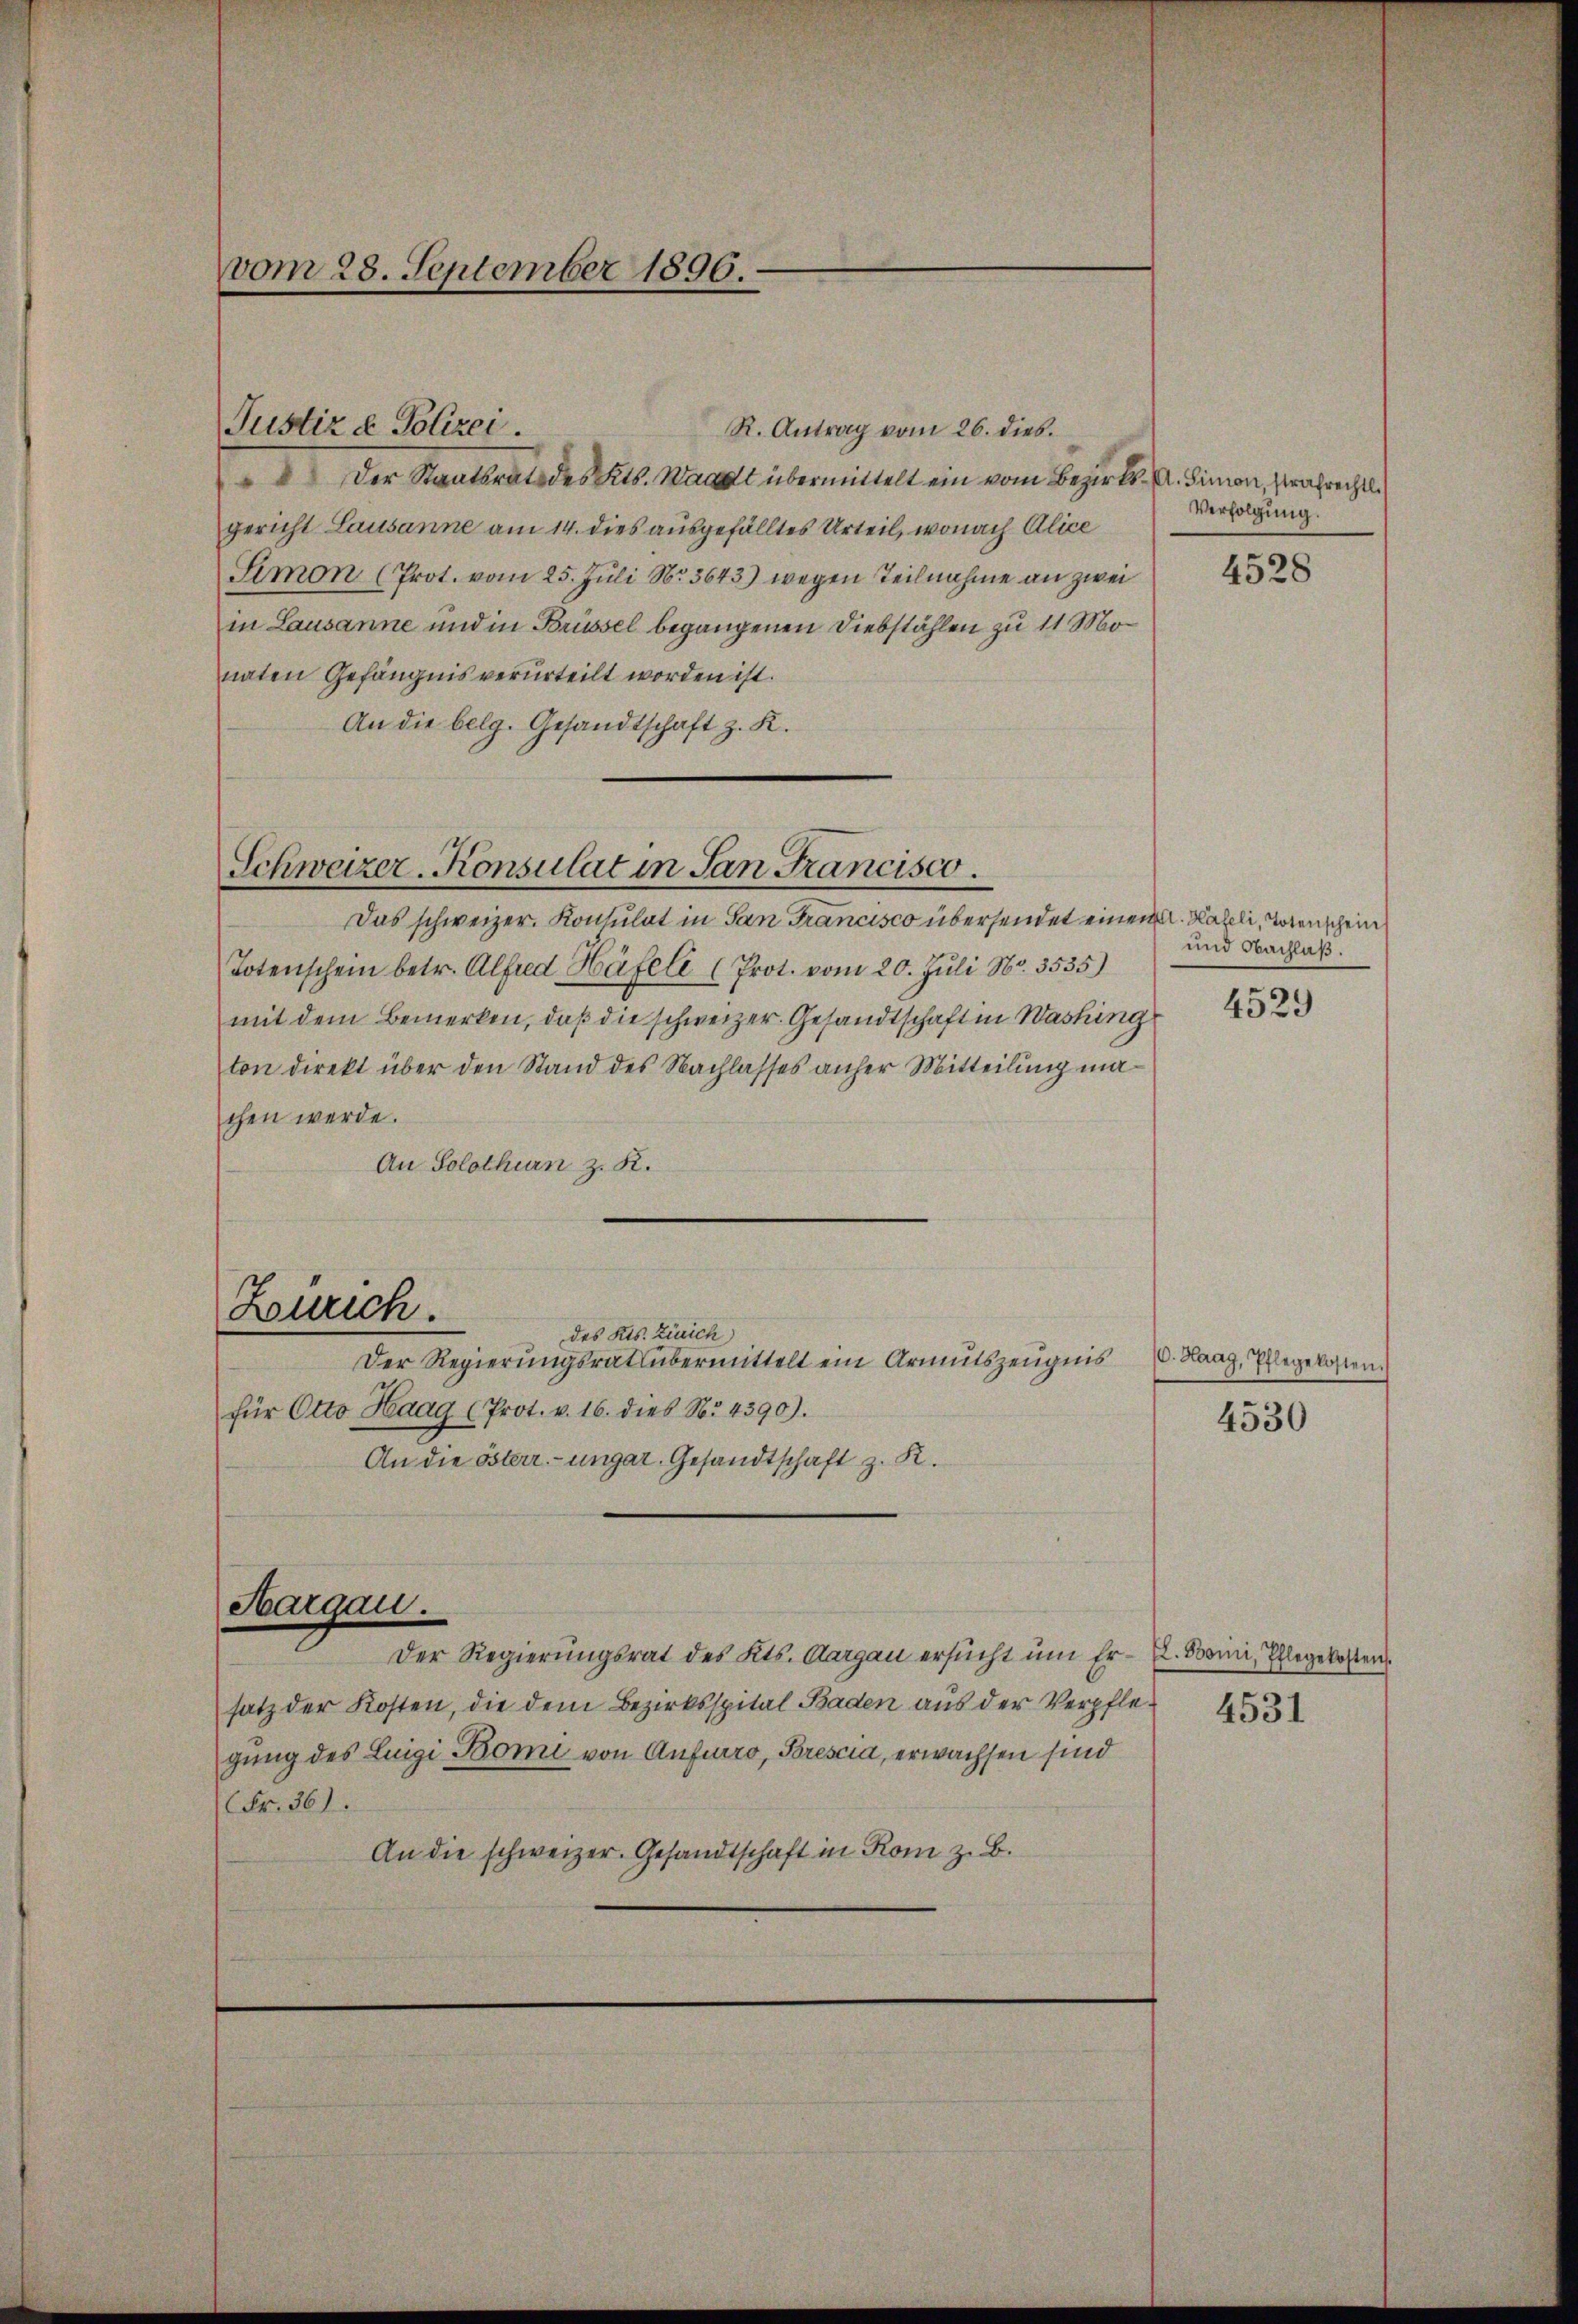
vom 28. September 1896.

R. Antrag vom 26. dies.
 Der Staatsrat des Kts. Waadt übermittelt ein vom Bezirks- A. Simon, strafrechtli
gericht Lausanne am 14. dies ausgefälltes Urteil, wonach Alice
Simon (Prot. vom 25. Juli No 3643) wegen Teilnahme an zwei
in Lausanne und in Brüssel begangenen Diebstählen zu 11 Monaten Gefängnis verurteilt worden ist.
An die belg. Gesandtschaft z. K.
Das schweizer. Konsulat in San Francisco übersendet einen . Haseli, Torenschein
Totenschein betr. Alfred Häfele (Prot. vom 20. Juli Nr. 3535)
mit dem Bemerken, daß die schweizer. Gesandtschaft in Washing
ton direkt über den Stand des Nachlasses anher Mitteilung machen werde.
An Solothurn z. R.
Zürich.
des Kts. Zürich)
Der Regierungsrat übermittelt ein Armutszeugnis
für Otto Haag (Prot. v. 16. dies No. 4390).
An die österr.-ungar. Gesandtschaft z. R.
Aargau.
Der Regierungsrat des Kts. Aargau ersŭcht um Er-E. Boini, Pflegekosten
satz der Kosten, die dem Bezirksspital Baden aus der Verpflegung des Luigi Bomi von Anfuro, Brescia, erwachsen sind
(Fr. 36).
An die schweizer. Gesandtschaft in Rom z. B.

Justiz & Polizei.

Schweizer-Konsulat in San Francisco

Verfolgung.

4528

und Nachlaß.

4529

C. Haag, Pflegekosten.

4530

4531